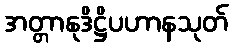
အတ္တာနုဒိဋ္ဌိပဟာနသုတ်